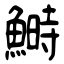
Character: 鰣